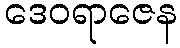
ဒေဝရာဇေန